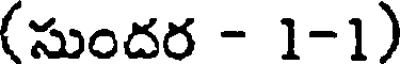
(సుందర - 1-1)